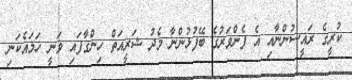
ކުރީގެ ރައީސުންނާއި އެ ފެންވަރުގެ ބޭފުޅުންނާ މެދު ޝަރީއަތް ހިންގާފައި ވަނީ ހަމައެކަނި